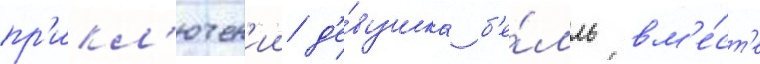
пр'икл'ючен'ии д'е́вушка б'е́лль вм'е́ст'е